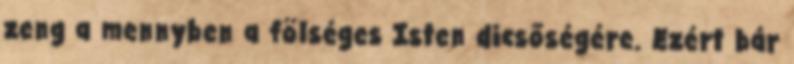
zeng a mennyben a fölséges Isten dicsőségére. Ezért bár